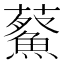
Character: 𮒿